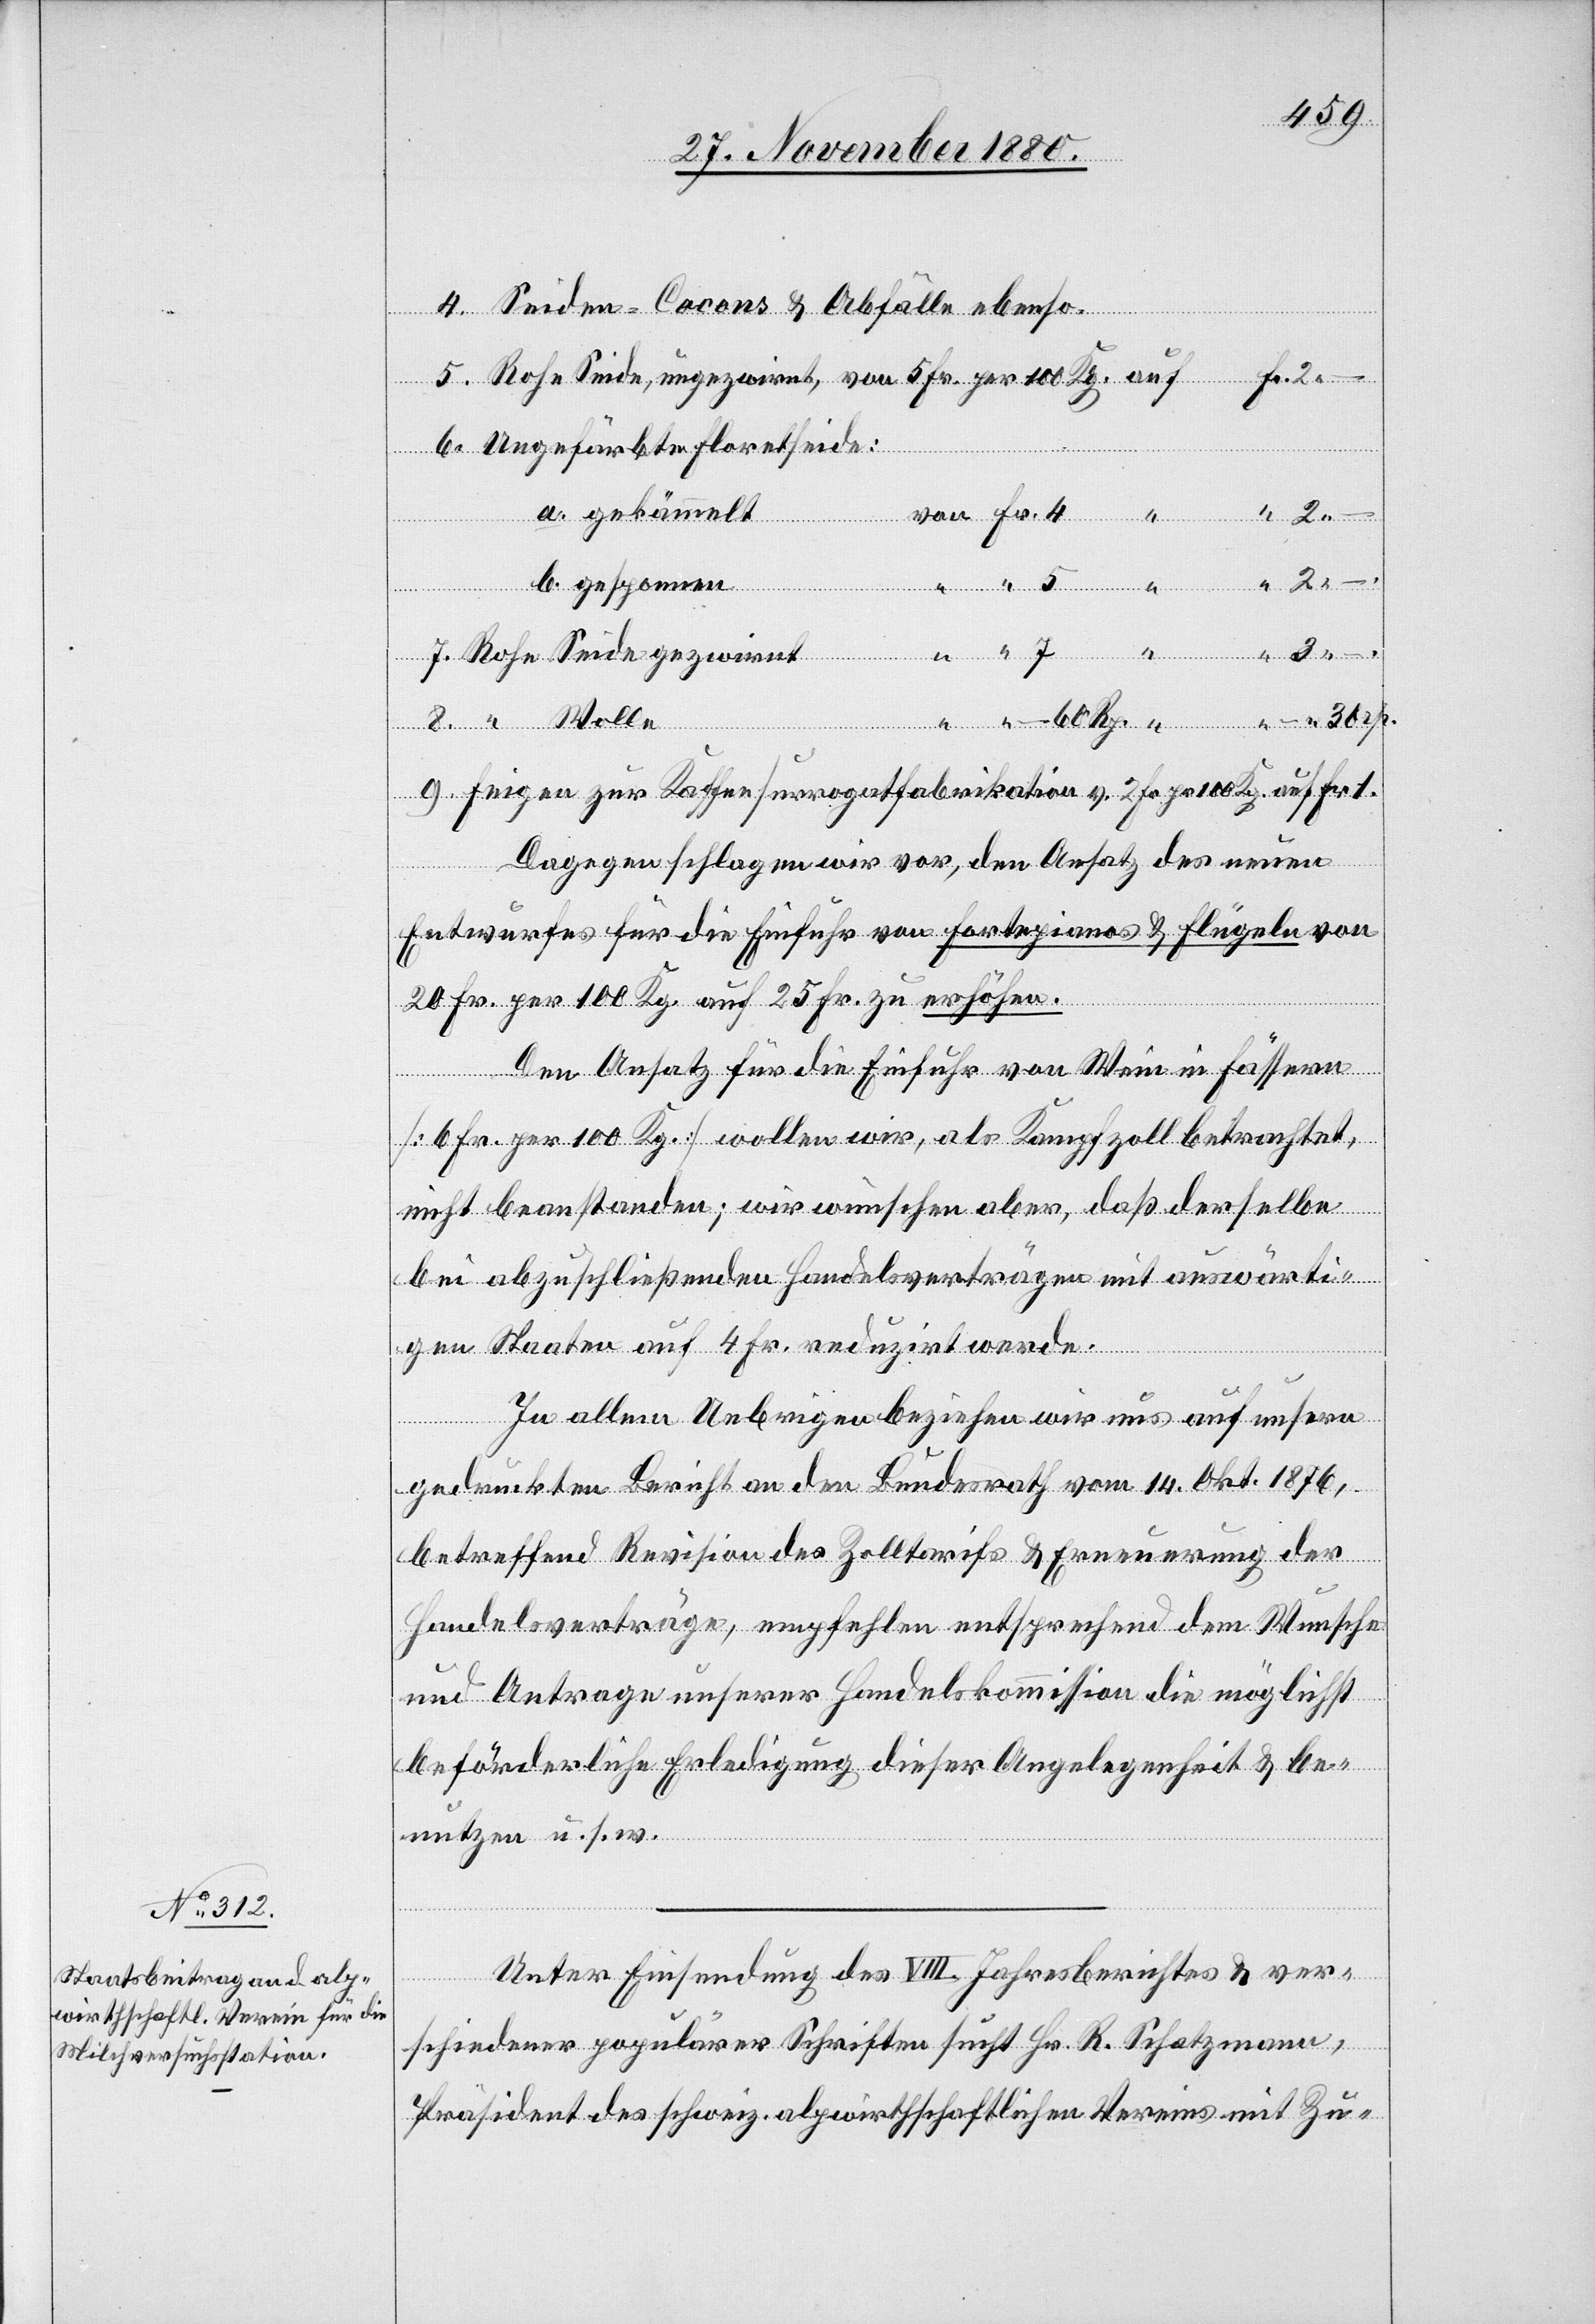
Seiden-Cocons & Abfälle ebenso.
30
Wolle
Rohe Seide, ungezwirnt, von 5 Fr. per 100 Kg.
Ungefärbte Folretseide:
auf
a. gekämmelt
zur Kaffeesurrogatfabrikation
b. gesponnen
Fr.
Feigen
1.
Dagegen schlagen wir vor, den Ansatz des neuen
Entwurfes für die Einfuhr von Fortepianos & Flügeln von
20 Fr. per 100 Kg. auf 25 Fr. zu erhöhen.
Den Ansatz für die Einfuhr von Wein in Fässern
[6 Fr. per 100 Kg.] wollen wir, als Kampfzoll betrachtet,
nicht beanstanden; wir wünschen aber, daß derselbe
bei abzuschließenden Handelsverträgen mit auswärti¬
gen Staaten auf 4 Fr. reduzirt werde.
60
In allem Uebrigen beziehen wir uns auf unseren
gedruckten Bericht an den Bundesrath vom 14. Okt. 1876,
betreffend Revision des Zolltarifs & Erneuerung der
Handelsverträge, empfehlen entsprechend dem Wunsche
und Antrage unserer Handelskommission die möglichst
beförderliche Erledigung dieser Angelegenheit & be¬
nutzen u. s. w.
Unter Einsendung des VIII. Jahresberichtes & ver¬
schiedener populärer Schriften sucht Hr. R. Schatzmann,
Präsident des schweiz. alpwirtschaftlichen Vereins mit Zu-